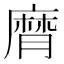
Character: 𢊶